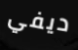
ديفي